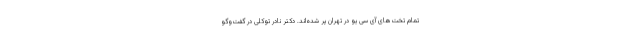
تمام تخت‌های آی سی یو در تهران پر شده‌اند. دکتر نادر توکلی در گفت‌وگو